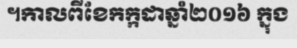
។កាលពីខែកក្កដាឆ្នាំ២០១៦ ក្នុង